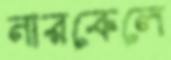
নারকেলে